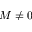
M \ne 0